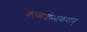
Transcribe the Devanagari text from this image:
काव्यशोभाकरान्